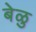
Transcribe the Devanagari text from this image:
बेळु